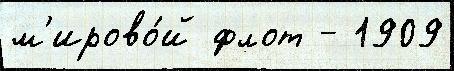
м'ирово́й флот - 1909